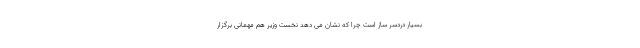
بسیار دردسر ساز است چرا که نشان می دهد نخست وزیر هم مهمانی برگزار